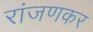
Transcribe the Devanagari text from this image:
रांजणकर